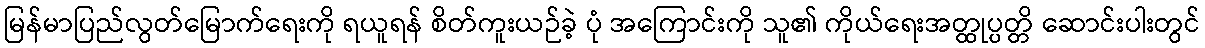
မြန်မာပြည်လွတ်မြောက်ရေးကို ရယူရန် စိတ်ကူးယဉ်ခဲ့ ပုံ အကြောင်းကို သူ၏ ကိုယ်ရေးအတ္ထုပ္ပတ္တိ ဆောင်းပါးတွင်